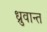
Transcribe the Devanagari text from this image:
ध्रुवान्त